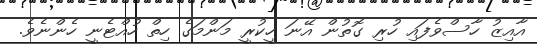
އާއިޒު ހާސްވެފައި ހުރި ގޮތުން އޭނަ ހީކުރީ މަންމަގެ ހިތް ހުއްޓެނީ ހެންނެވެ.